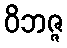
ဝိဘဇ္ဇ